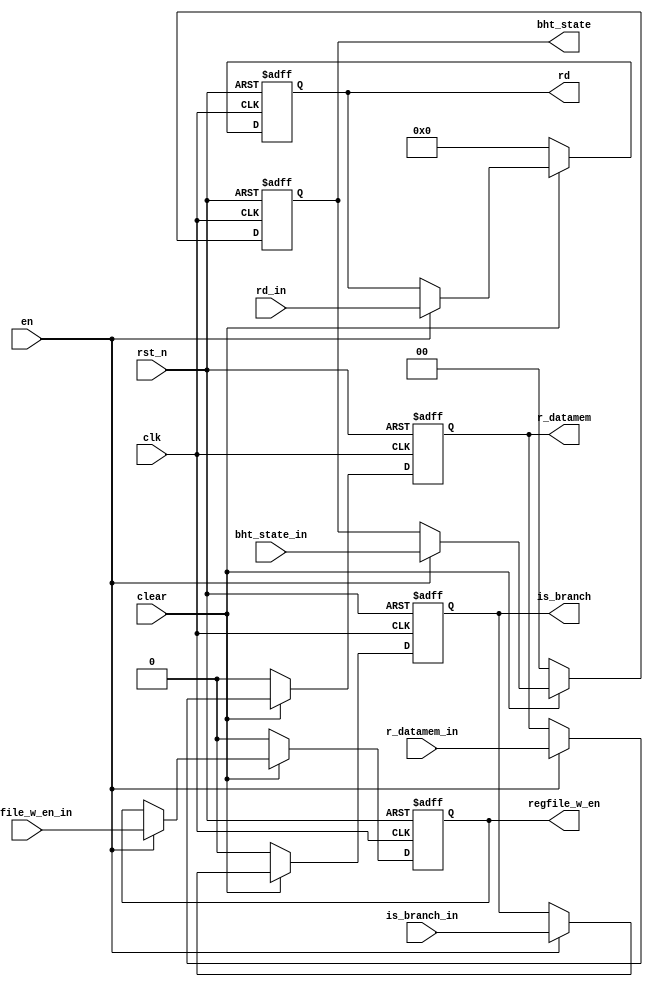
module SynPS2(
    input clk,
    input rst_n,
    input en,       
    input clear,
    input [4:0] rd_in,
    input regfile_w_en_in,
    input r_datamem_in,
    input [1:0] bht_state_in,
    input is_branch_in,
    output reg [4:0] rd,
    output reg regfile_w_en,
    output reg r_datamem,
    output reg [1:0] bht_state,
    output reg is_branch
);
    always @(posedge clk, negedge rst_n) begin
        if (!rst_n) begin 
            rd <= 0;
            regfile_w_en <= 0;
            r_datamem <= 0;
            bht_state <= 0;
            is_branch <= 0;
        end else if(!clear) begin
            rd <= 0;
            regfile_w_en <= 0;
            r_datamem <= 0;
            bht_state <= 0;
            is_branch <= 0;
        end else if(en) begin
            rd <= rd_in;
            regfile_w_en <= regfile_w_en_in;
            r_datamem <= r_datamem_in;
            bht_state <= bht_state_in;
            is_branch <= is_branch_in;
        end
    end
endmodule